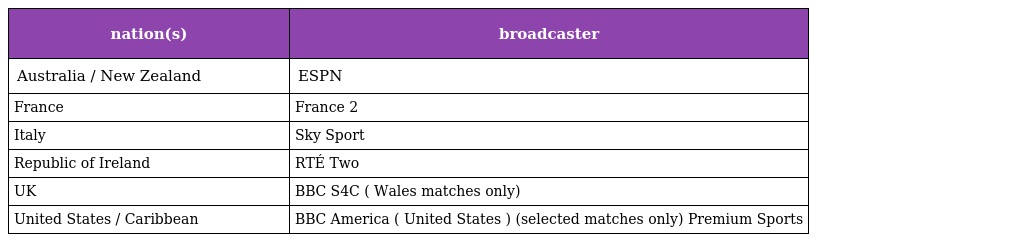
| nation(s) | broadcaster |
 | --- | --- |
 | Australia / New Zealand | ESPN |
 | France | France 2 |
 | Italy | Sky Sport |
 | Republic of Ireland | RTÉ Two |
 | UK | BBC S4C ( Wales matches only) |
 | United States / Caribbean | BBC America ( United States ) (selected matches only) Premium Sports |